Problem: 9 × 11 = ?
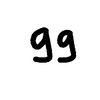
Handwritten answer: 99